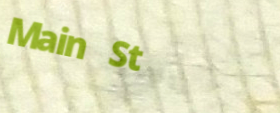
Main St